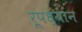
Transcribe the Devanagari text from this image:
रूपध्यान